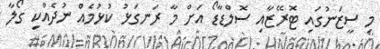
މި ސީޒަނުގައި ޓޮރޭޒާއި ސޮލްޑާޑޯ އަށް މާ ރަނގަޅު ކުޅުމެއް ނުދެއްކި ގޯލާ